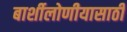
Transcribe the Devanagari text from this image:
बार्शीलोणीयासाठी